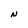
Character: N